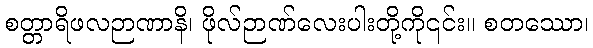
စတ္တာရိဖလဉာဏာနိ၊ ဖိုလ်ဉာဏ်လေးပါးတို့ကို၎င်း။ စတဿော၊